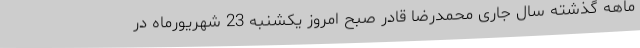
ماهه گذشته سال جاری محمدرضا قادر صبح امروز یکشنبه 23 شهریورماه در